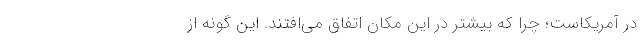
در آمریکاست؛ چرا که بیشتر در این مکان اتفاق می‌افتند. این گونه از